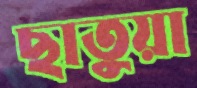
ছাতুয়া